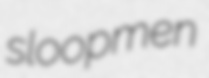
sloopmen